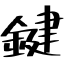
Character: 鍵